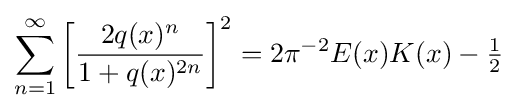
\sum _{n=1}^{\infty }{\biggl [}{\frac {2q(x)^{n}}{1+q(x)^{2n}}}{\biggr ]}^{2}=2\pi ^{-2}E(x)K(x)-{\tfrac {1}{2}}